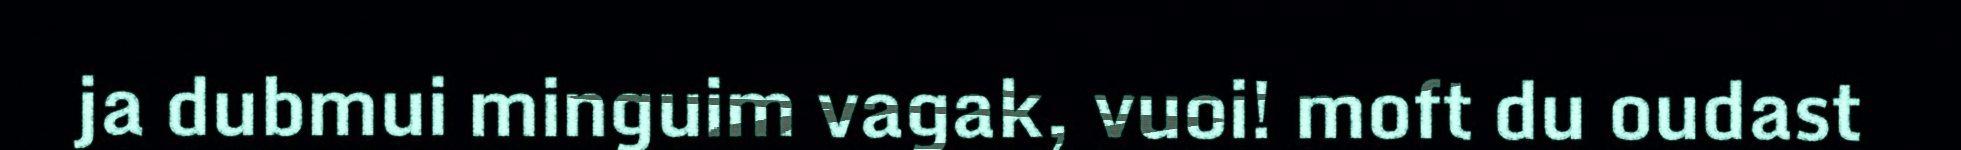
ja dubmui minguim vagak, vuoi! moft du oudast